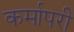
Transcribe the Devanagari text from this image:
कर्मापरी